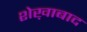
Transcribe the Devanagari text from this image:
शेख़ाबाद